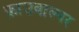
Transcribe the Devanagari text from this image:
फ्राउवाल्नर